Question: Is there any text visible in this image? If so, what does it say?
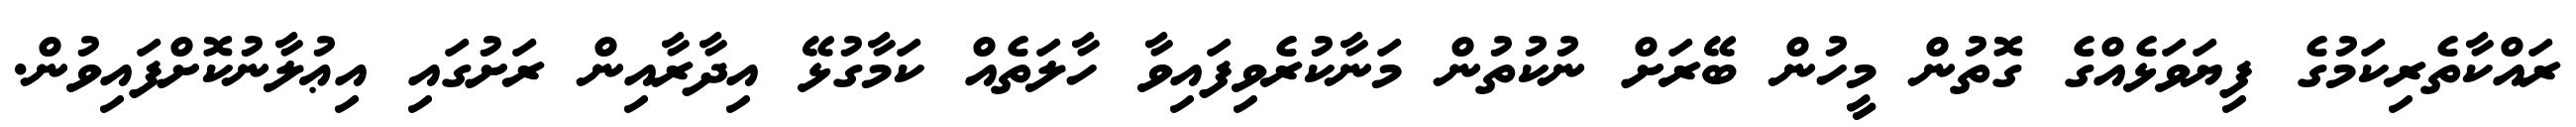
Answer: ރައްކާތެރިކަމުގެ ފިޔަވަޅެއްގެ ގޮތުން މީހުން ބޭރަށް ނުކުތުން މަނާކުރެވިފައިވާ ހާލަތެއް ކަމާގުޅޭ އިދާރާއިން ރަށުގައި އިޢުލާނުކޮށްފައިވުން.